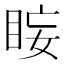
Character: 𭾰